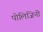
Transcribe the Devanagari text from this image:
पोलिजिनी